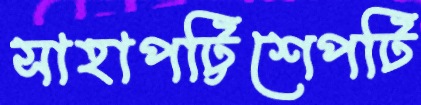
সাহাপট্টিশেপটি